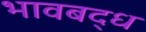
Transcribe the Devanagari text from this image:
भावबद्ध